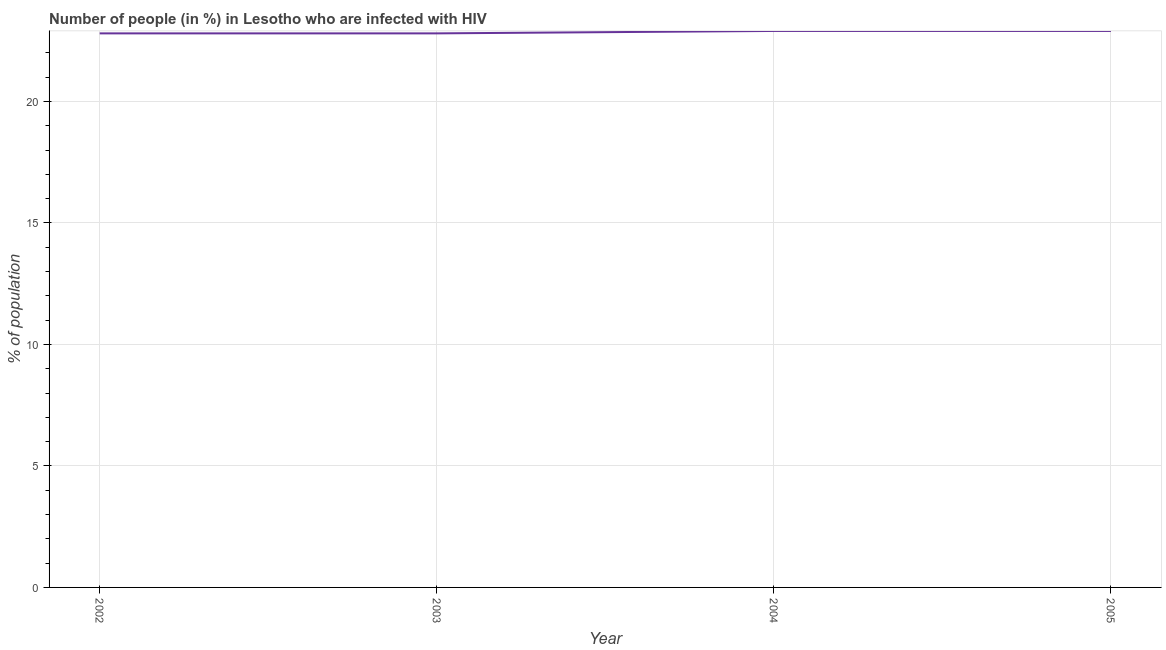
| Year | Infected with HIV |
 | --- | --- |
 | 2002 | 22.8 |
 | 2003 | 22.8 |
 | 2004 | 22.9 |
 | 2005 | 22.9 |